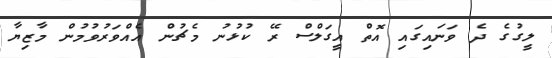
ލީގުގެ ދެ ވަނައިގައި އޮތް އީގަލްސް ރޭ ކުޅުނު މެޗުން އެއްވަރުވުމުން މާޒިޔާ